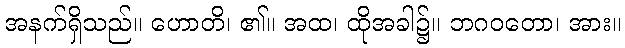
အနက်ရှိသည်။ ဟောတိ၊ ၏။ အထ၊ ထိုအခါ၌။ ဘဂဝတော၊ အား။